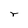
Character: r